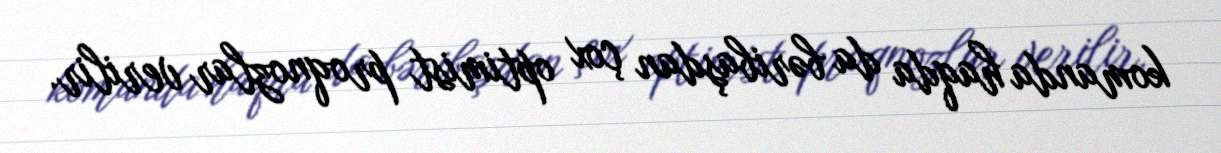
komanda haqda da bəribaşdan çox optimist proqnozlar verilir.